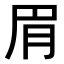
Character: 𬚳